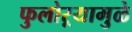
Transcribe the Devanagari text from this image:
फुलोऱ्यामुळे